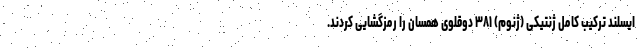
ایسلند ترکیب کامل ژنتیکی (ژنوم) ۳۸۱ دوقلوی همسان را رمزگشایی کردند.